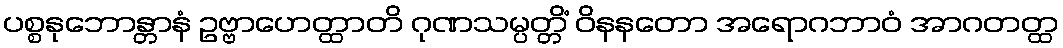
ပစ္စနုဘောန္တာနံ ဥဗ္ဗာဟေတ္ထာတိ ဂုဏသမ္ပတ္တိံ ဝိနနတော အရောဂဘာဝံ အာဂတတ္ထ